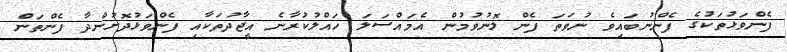
ފެންވަޅުތަކުގެ ފެންނުބައިވެ ނުވަތަ ފެން ލޮނުވުމުން އެމައްސަލަ ހައްލުކުރާނެ އީޖާދުތަކާއި ފެންވަޅުދޮށުންދާ ފެންތަން